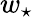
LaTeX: w_{\star}